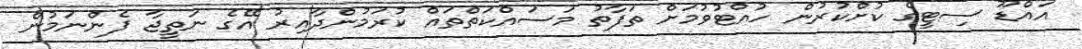
އައްޑޫ ސިޓީގެ ކުށްކުރުން ހުއްޓުވުމަށް ތަފާތު މަސައްކަތްތައް ކުރަމުންދާއިރު އޭގެ ނަތީޖާ ފެންނަމުން